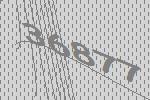
36877